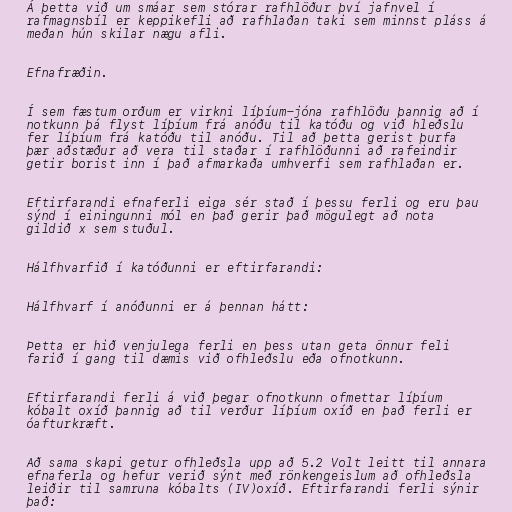
Á þetta við um smáar sem stórar rafhlöður því jafnvel í
rafmagnsbíl er keppikefli að rafhlaðan taki sem minnst pláss á
meðan hún skilar nægu afli.

Efnafræðin.

Í sem fæstum orðum er virkni líþíum-jóna rafhlöðu þannig að í
notkunn þá flyst líþíum frá anóðu til katóðu og við hleðslu
fer líþíum frá katóðu til anóðu. Til að þetta gerist þurfa
þær aðstæður að vera til staðar í rafhlöðunni að rafeindir
getir borist inn í það afmarkaða umhverfi sem rafhlaðan er.

Eftirfarandi efnaferli eiga sér stað í þessu ferli og eru þau
sýnd í einingunni mól en það gerir það mögulegt að nota
gildið x sem stuðul.

Hálfhvarfið í katóðunni er eftirfarandi:

Hálfhvarf í anóðunni er á þennan hátt:

Þetta er hið venjulega ferli en þess utan geta önnur feli
farið í gang til dæmis við ofhleðslu eða ofnotkunn.

Eftirfarandi ferli á við þegar ofnotkunn ofmettar líþíum
kóbalt oxíð þannig að til verður líþíum oxíð en það ferli er
óafturkræft.

Að sama skapi getur ofhleðsla upp að 5.2 Volt leitt til annara
efnaferla og hefur verið sýnt með rönkengeislum að ofhleðsla
leiðir til samruna kóbalts (IV)oxíð. Eftirfarandi ferli sýnir
það: